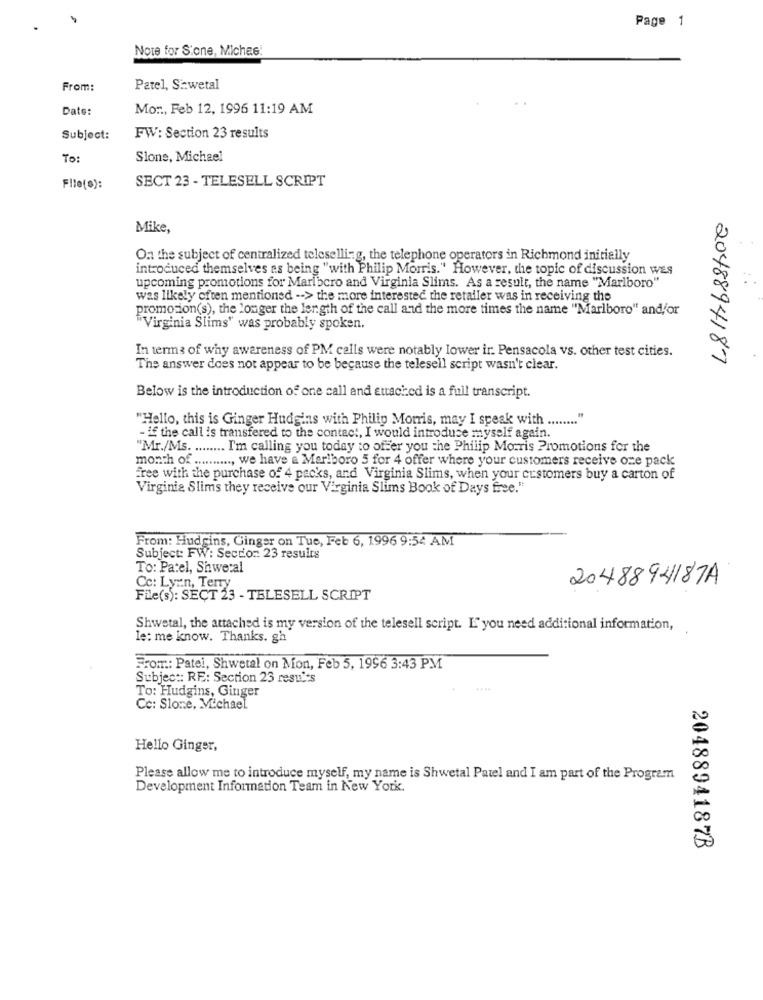
Page 1
Note for Sione, Miches
From:
Patel, Szwetal
Date:
Mon, Feb 12, 1996 11:19 AM
Subject:
FW: Section 23 results
TO:
Slone, Michael
SECT 23 - TELESELL SCRIPT
File(s):
Mike,
On the subject of centralized teleselling, the telephone operators in Richmond initially
introduced themselves as being "with Philip Morris." However, the topic of discussion was
upcoming promotions for Marlboro and Virginia Slims. As a result, the name "Marlboro"
was likely often mentioned -- > the more interested the retailer was in receiving the
promotion(s), the longer the length of the call and the more times the name "Marlboro" and/or
"Virginia Slims" was probably spoken.
In terms of why awareness of PM calls were notably lower ir. Pensacola vs. other test cities.
2048894187
The answer does not appear to be because the telesell script wasn't clear.
Below is the introduction of one call and attached is a full transcript.
"Hello, this is Ginger Hudgins with Philip Morris, may I speak with ........ "
- if the call is transfered to the contact, I would introduce myself again.
"Mr./Ms. ........ I'm calling you today to offer you the Philip Morris Promotions for the
month of .........., we have a Marlboro 5 for 4 offer where your customers receive one pack
free with the purchase of 4 packs, and Virginia Slims, when your customers buy a carton of
Virginia Slims they receive our Virginia Slims Book of Days free."
From: Hudgins, Ginger on Tue, Feb 6, 1996 9:54 AM
Subject: FW: Section 23 results
To: Patel, Shwetal
2048894187A
Cc: Lynn, Terry
File(s): SECT 23 - TELESELL SCRIPT
Shwetal, the attached is my version of the telesell script. I you need additional information,
le: me know. Thanks. gh
Fromr .: Patel, Shwetal on Mon, Feb 5, 1996 3:43 PM
Subject: RE: Section 23 resuits
To: Hudgins, Ginger
Cc: Slone, Michael
Hello Ginger,
Please allow me to introduce myself, my name is Shwetal Patel and I am part of the Program
Development Information Team in New York.
2048894187B